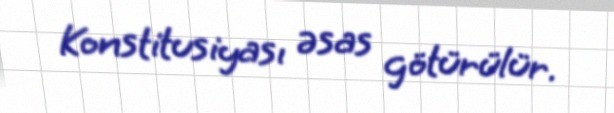
Konstitusiyası əsas götürülür.